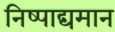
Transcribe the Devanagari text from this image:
निष्पाद्यमान